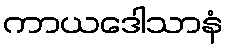
ကာယဒေါသာနံ